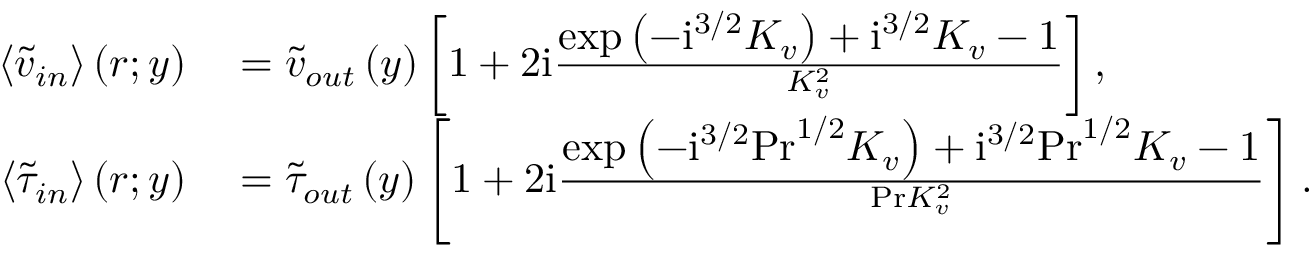
\begin{array} { r l } { \left\langle \widetilde { v } _ { i n } \right\rangle \left( r ; y \right) } & { { } = \widetilde { v } _ { o u t } \left( y \right) \left[ 1 + 2 \mathrm { i } \frac { \displaystyle \exp \left( - \mathrm { i } ^ { 3 / 2 } K _ { v } \right) + \mathrm { i } ^ { 3 / 2 } K _ { v } - 1 } { K _ { v } ^ { 2 } } \right] , } \\ { \left\langle \widetilde { \tau } _ { i n } \right\rangle \left( r ; y \right) } & { { } = \widetilde { \tau } _ { o u t } \left( y \right) \left[ 1 + 2 \mathrm { i } \frac { \displaystyle \exp \left( - \mathrm { i } ^ { 3 / 2 } \mathrm { P r } ^ { 1 / 2 } K _ { v } \right) + \mathrm { i } ^ { 3 / 2 } \mathrm { P r } ^ { 1 / 2 } K _ { v } - 1 } { \mathrm { P r } K _ { v } ^ { 2 } } \right] . } \end{array}